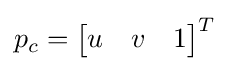
\textstyle p_{c}={\begin{bmatrix}u&v&1\end{bmatrix}}^{T}